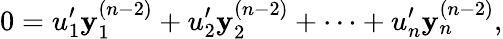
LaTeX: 0=u_{1}^{\prime}\mathbf{y}_{1}^{(n-2)}+u_{2}^{\prime}\mathbf{y}_{2}^{(n-2)}+\cdots+u_{n}^{\prime}\mathbf{y}_{n}^{(n-2)},